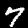
Label: 7